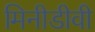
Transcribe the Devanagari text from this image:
मिनीडीवी